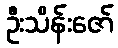
ဦးသိန်းဇော်